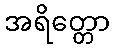
အရိတ္တော